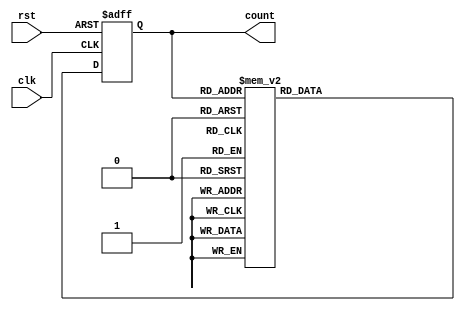
module Decade_Ring_Counter (
    input wire clk,       // Clock signal
    input wire rst,       // Asynchronous reset signal
    output reg [3:0] count // 4-bit output for counting
);

// State values defined based on the decimal count from 0 to 9
localparam STATE_0 = 4'b0000;
localparam STATE_1 = 4'b0001;
localparam STATE_2 = 4'b0010;
localparam STATE_3 = 4'b0011;
localparam STATE_4 = 4'b0100;
localparam STATE_5 = 4'b0101;
localparam STATE_6 = 4'b0110;
localparam STATE_7 = 4'b0111;
localparam STATE_8 = 4'b1000;
localparam STATE_9 = 4'b1001;

always @(posedge clk or posedge rst) begin
    if (rst) begin
        count <= STATE_0; // Reset to state 0
    end else begin
        case (count)
            STATE_0: count <= STATE_1;
            STATE_1: count <= STATE_2;
            STATE_2: count <= STATE_3;
            STATE_3: count <= STATE_4;
            STATE_4: count <= STATE_5;
            STATE_5: count <= STATE_6;
            STATE_6: count <= STATE_7;
            STATE_7: count <= STATE_8;
            STATE_8: count <= STATE_9;
            STATE_9: count <= STATE_0; // Wrap around to state 0
            default: count <= STATE_0; // Safety for undefined states
        endcase
    end
end

endmodule